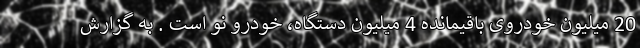
20 میلیون خودروی باقیمانده 4 میلیون دستگاه، خودرو نو است . به گزارش